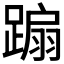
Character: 𨃩